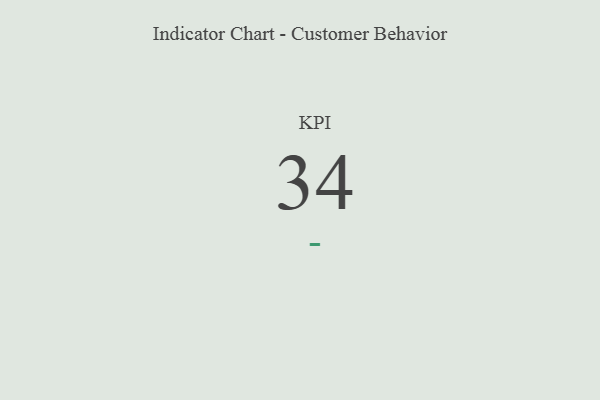
{"axis": {"x": "KPI", "y": "Value"}, "legend": [""], "data": [{"x": "KPI", "y": 34, "type": ""}]}